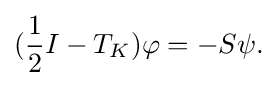
\displaystyle {({1 \over 2}I-T_{K})\varphi =-S\psi .}